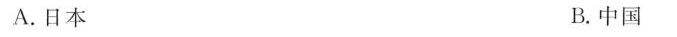
A.日本 B.中国